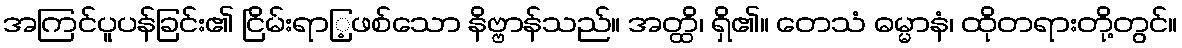
အကြင်ပူပန်ခြင်း၏ ငြိမ်းရာြ့ဖစ်သော နိဗ္ဗာန်သည်။ အတ္ထိ၊ ရှိ၏။ တေသံ ဓမ္မာနံ၊ ထိုတရားတို့တွင်။